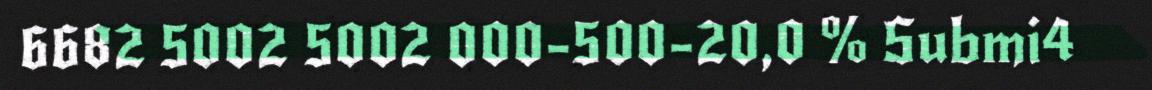
6682 5002 5002 000-500-20,0 % Submi4